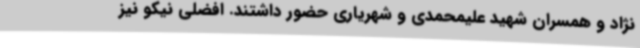
نژاد و همسران شهید علیمحمدی و شهریاری حضور داشتند. افضلی نیکو نیز